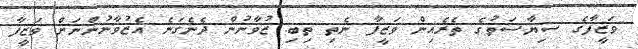
ވަޒީފާގެ ސިޔާސަތުގެ ތެރެއިން ވަޒީފާ ނެތި ތިބި ޒުވާނުން ދެނެގަނެ އެޒުވާނުންނަށް ވަޒީފާ